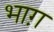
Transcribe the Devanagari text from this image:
भाग़